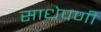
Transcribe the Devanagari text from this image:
साधेपणी